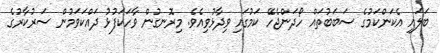
ބަލައި އެކަންކަމުގެ ސަބަބުތައް ހޯދަންޖެހޭ ކަމުގައި ވިދާޅުވިއެވެ. މިރޮނގުން ވާހަކަފުޅު ދައްކަވަމުން ސަރުކާރުގެ